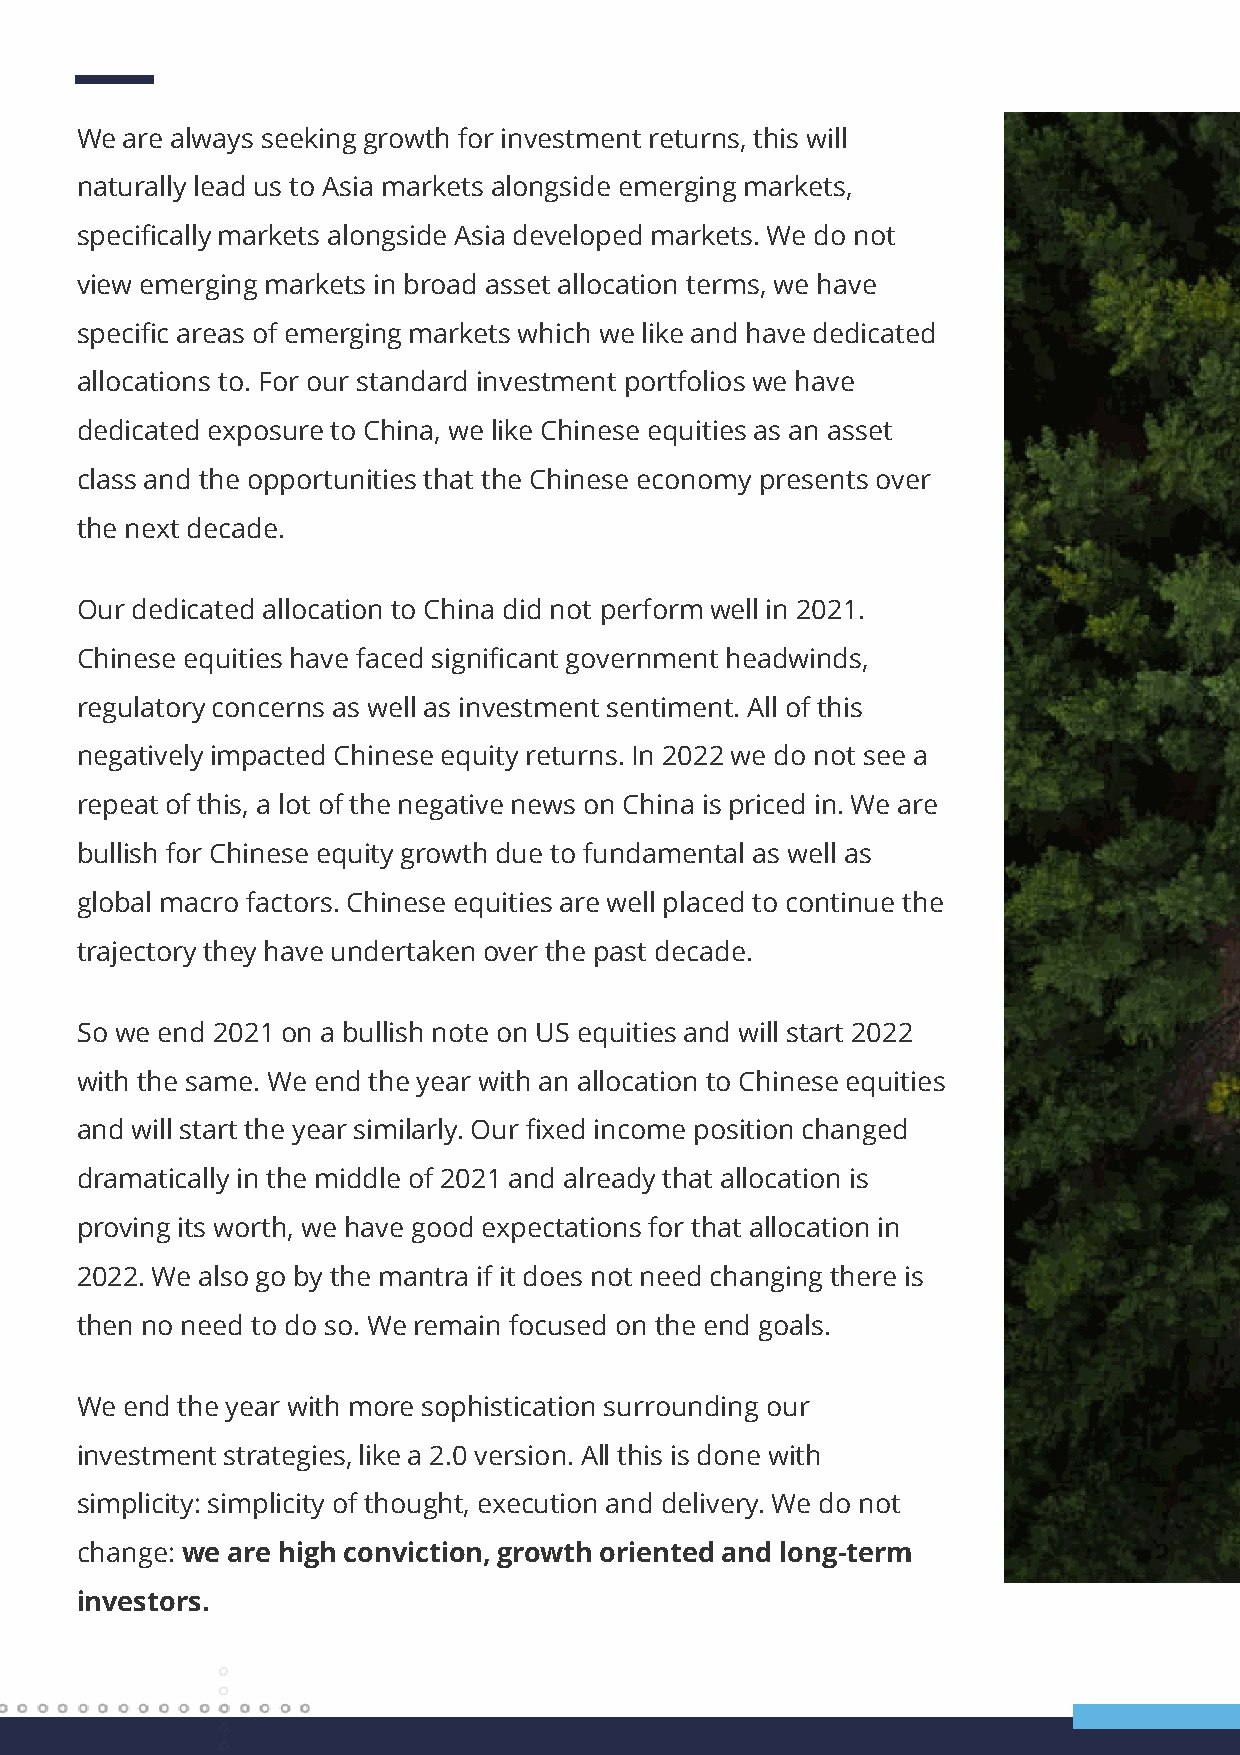
We are always seeking growth for investment returns, this will
 naturally lead us to Asia markets alongside emerging markets,
 specifically markets alongside Asia developed markets. We do not
 view emerging markets in broad asset allocation terms, we have
 specific areas of emerging markets which we like and have dedicated
 allocations to. For our standard investment portfolios we have
 dedicated exposure to China, we like Chinese equities as an asset
 class and the opportunities that the Chinese economy presents over
 the next decade.
 Our dedicated allocation to China did not perform well in 2021.
 Chinese equities have faced significant government headwinds,
 regulatory concerns as well as investment sentiment. All of this
 negatively impacted Chinese equity returns. In 2022 we do not see a
 repeat of this, a lot of the negative news on China is priced in. We are
 bullish for Chinese equity growth due to fundamental as well as
 global macro factors. Chinese equities are well placed to continue the
 trajectory they have undertaken over the past decade.
 So we end 2021on a bullish note on US equities and will start 2022
 with the same. We end the year with an allocation to Chinese equities
 and will start the year similarly. Our fixed income position changed
 dramatically in the middle of 2021 and already that allocation is
 proving its worth, we have good expectations for that allocation in
 2022. We also go by the mantra if it does not need changing there is
 then no need to do so. We remain focused on the end goals.
 We end the year with more sophistication surrounding our
 investment strategies, like a 2.0 version. All this is done with
 simplicity: simplicity of thought, execution and delivery. We do not
 change: we are high conviction, growth oriented and long-term
 investors.